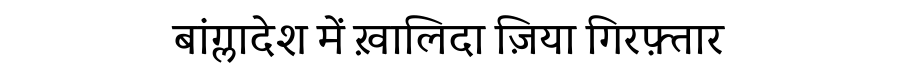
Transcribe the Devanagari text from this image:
बांग्लादेश में ख़ालिदा ज़िया गिरफ़्तार